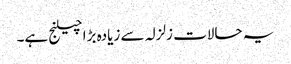
یہ حالات زلزلہ سے زیادہ بڑا چیلنج ہے۔